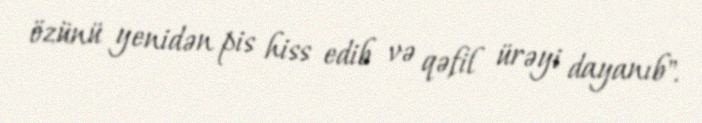
özünü yenidən pis hiss edib və qəfil ürəyi dayanıb".